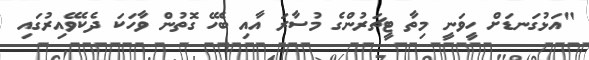
"އަޅުގަނޑަށް ހީވަނީ މިތާ ޓީޗަރުންގެ މުސާރަ އާއި ބެހޭ ގޮތުން ވާހަކަ ދެކެވޭއިރުގައި